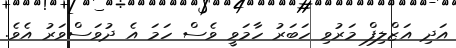
އަދި އަޒްލިފް މަރުވި ހަބަރު ހާމަވީ ވެސް ހަމަ އެ ދުވަސްވަރު އެވެ.